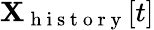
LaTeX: \mathbf{X}_{\mathrm{{~h~i~s~t~o~r~y~}}}[t]